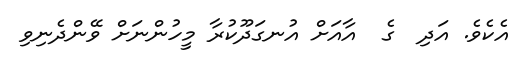
އެކެވެ. އަދި  ގެ  އާއަށް އުނގަދޫކުރާ މީހުންނަށް ވޭންދެނިވި